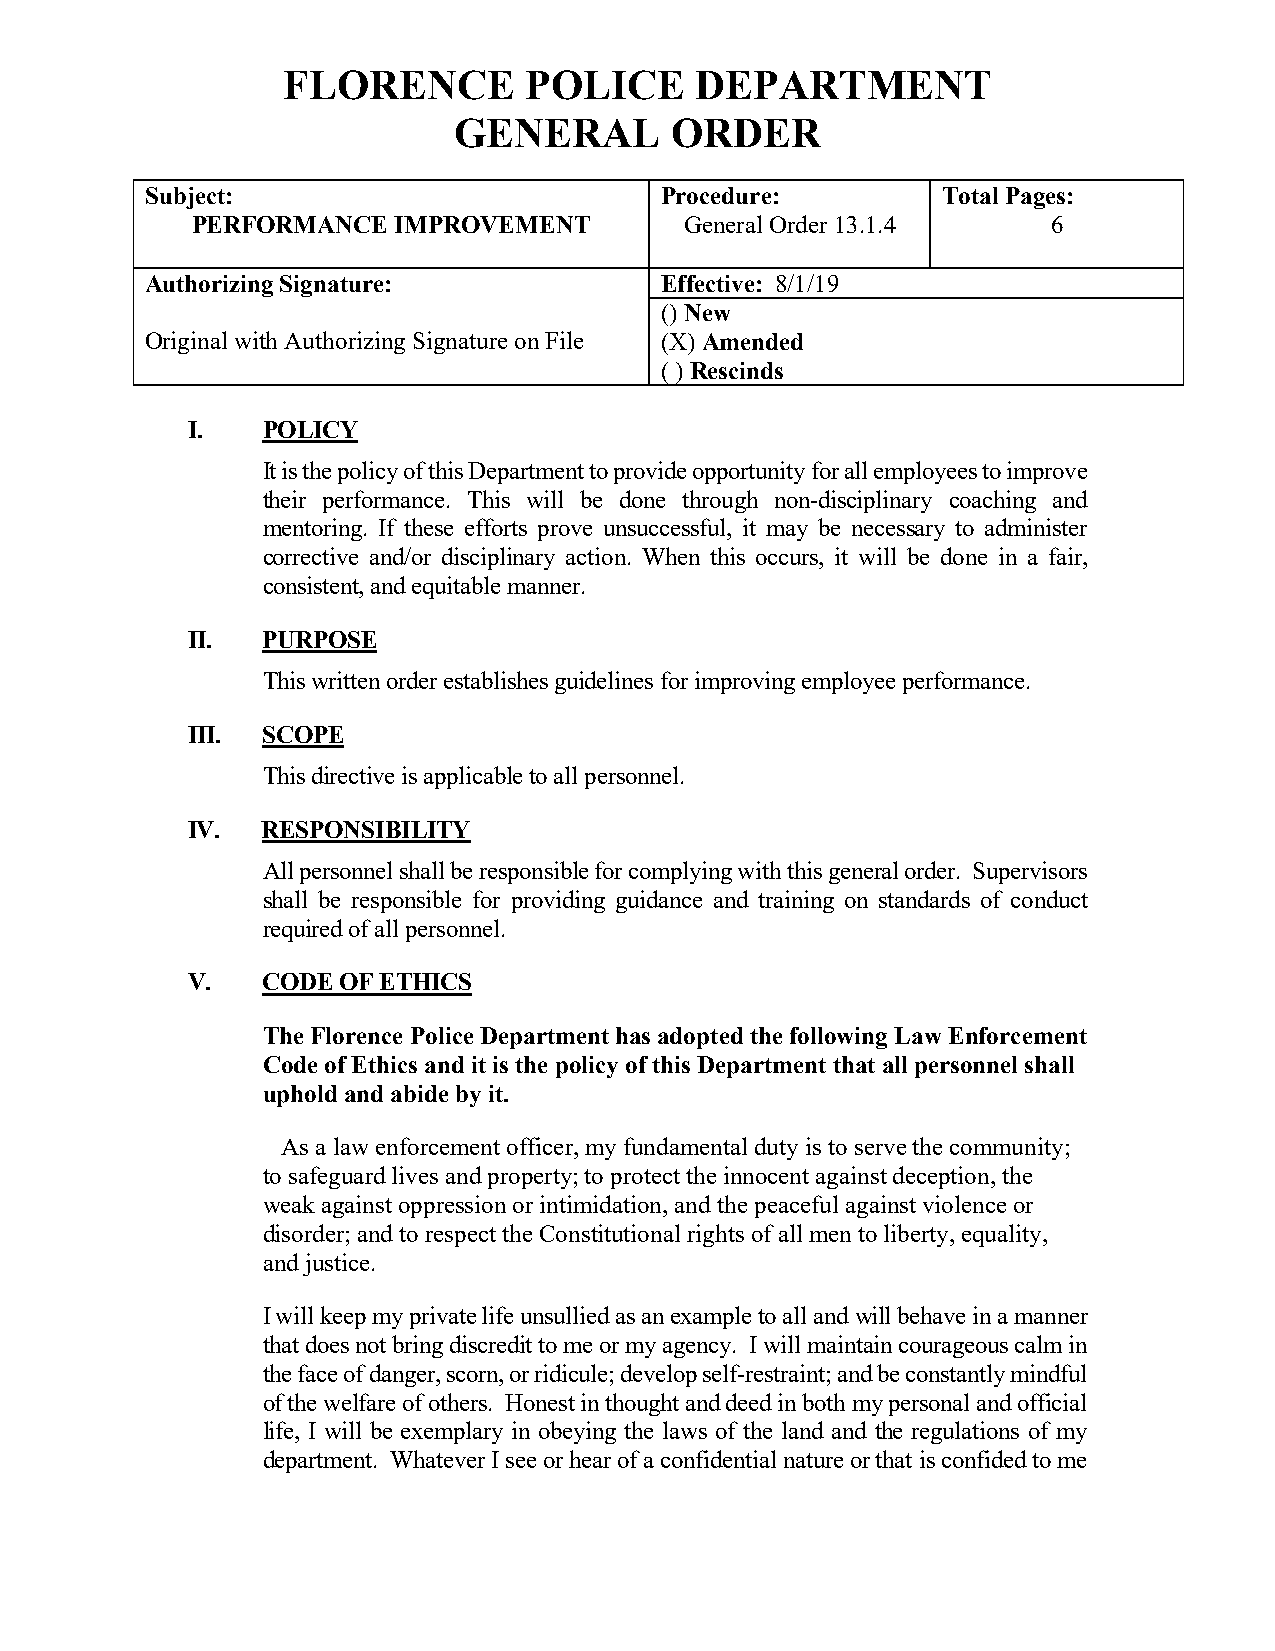
FLORENCE        POLICE     DEPARTMENT
 GENERAL       ORDER
 Subject:                          Procedure:        Total Pages:
 PERFORMANCE  IMPROVEMENT        General Order 13.1.4     6
 Authorizing Signature:            Effective: 8/1/19
 () New
 Original with Authorizing Signature on File (X) Amended
 ( ) Rescinds
 I.   POLICY
 It is the policy of this Department to provide opportunity for all employees to improve
 their performance. This will be done through non-disciplinary coaching and
 mentoring. If these efforts prove unsuccessful, it may be necessary to administer
 corrective and/or disciplinary action. When this occurs, it will be done in a fair,
 consistent, and equitable manner.
 II.  PURPOSE
 This written order establishes guidelines for improving employee performance.
 III. SCOPE
 This directive is applicable to all personnel.
 IV.  RESPONSIBILITY
 All personnel shall be responsible for complying with this general order. Supervisors
 shall be responsible for providing guidance and training on standards of conduct
 required of all personnel.
 V.   CODE OF ETHICS
 The Florence Police Department has adopted the following Law Enforcement
 Code of Ethics and it is the policy of this Department that all personnel shall
 uphold and abide by it.
 As a law enforcement officer, my fundamental duty is to serve the community;
 to safeguard lives and property; to protect the innocent against deception, the
 weak against oppression or intimidation, and the peaceful against violence or
 disorder; and to respect the Constitutional rights of all men to liberty, equality,
 and justice.
 I will keep my private life unsullied as an example to all and will behave in a manner
 that does not bring discredit to me or my agency. I will maintain courageous calm in
 the face of danger, scorn, or ridicule; develop self-restraint; and be constantly mindful
 of the welfare of others. Honest in thought and deed in both my personal and official
 life, I will be exemplary in obeying the laws of the land and the regulations of my
 department. Whatever I see or hear of a confidential nature or that is confided to me